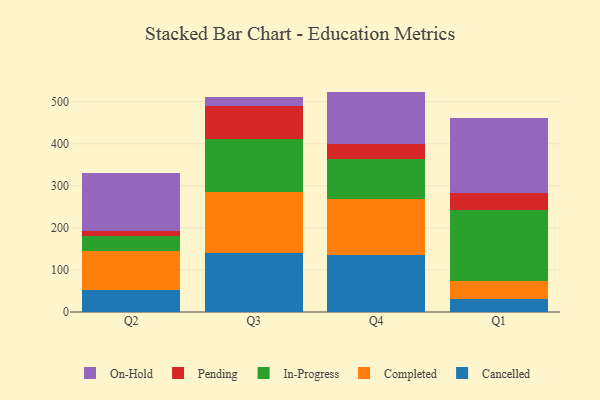
{"axis": {"x": "Quarter", "y": "Churn Rate (%)"}, "legend": ["Cancelled", "Completed", "In-Progress", "On-Hold", "Pending"], "data": [{"x": "Q2", "y": 52.3, "type": "Cancelled"}, {"x": "Q2", "y": 93.7, "type": "Completed"}, {"x": "Q2", "y": 35.8, "type": "In-Progress"}, {"x": "Q2", "y": 10.9, "type": "Pending"}, {"x": "Q2", "y": 138.0, "type": "On-Hold"}, {"x": "Q3", "y": 141.2, "type": "Cancelled"}, {"x": "Q3", "y": 143.5, "type": "Completed"}, {"x": "Q3", "y": 127.4, "type": "In-Progress"}, {"x": "Q3", "y": 78.2, "type": "Pending"}, {"x": "Q3", "y": 20.6, "type": "On-Hold"}, {"x": "Q4", "y": 135.2, "type": "Cancelled"}, {"x": "Q4", "y": 133.7, "type": "Completed"}, {"x": "Q4", "y": 94.7, "type": "In-Progress"}, {"x": "Q4", "y": 35.2, "type": "Pending"}, {"x": "Q4", "y": 125.3, "type": "On-Hold"}, {"x": "Q1", "y": 31.7, "type": "Cancelled"}, {"x": "Q1", "y": 41.3, "type": "Completed"}, {"x": "Q1", "y": 170.7, "type": "In-Progress"}, {"x": "Q1", "y": 39.4, "type": "Pending"}, {"x": "Q1", "y": 177.3, "type": "On-Hold"}]}